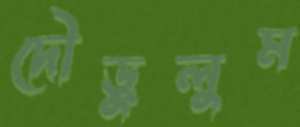
দৌড়ুলুম